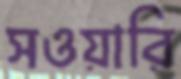
সওয়ারি